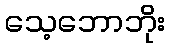
သေ့ဘောဘိုး